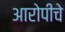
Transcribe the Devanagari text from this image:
आरोपीचे